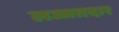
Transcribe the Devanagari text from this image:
लज्जतदार